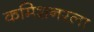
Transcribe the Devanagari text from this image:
कमिशनरला